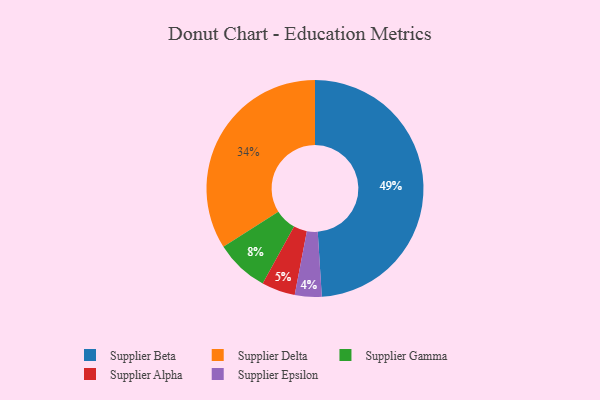
{"axis": {"x": "Category", "y": "Percentage"}, "legend": ["Supplier Alpha", "Supplier Beta", "Supplier Delta", "Supplier Epsilon", "Supplier Gamma"], "data": [{"x": "Supplier Delta", "y": 34, "type": "Supplier Delta"}, {"x": "Supplier Beta", "y": 49, "type": "Supplier Beta"}, {"x": "Supplier Gamma", "y": 8, "type": "Supplier Gamma"}, {"x": "Supplier Alpha", "y": 5, "type": "Supplier Alpha"}, {"x": "Supplier Epsilon", "y": 4, "type": "Supplier Epsilon"}]}